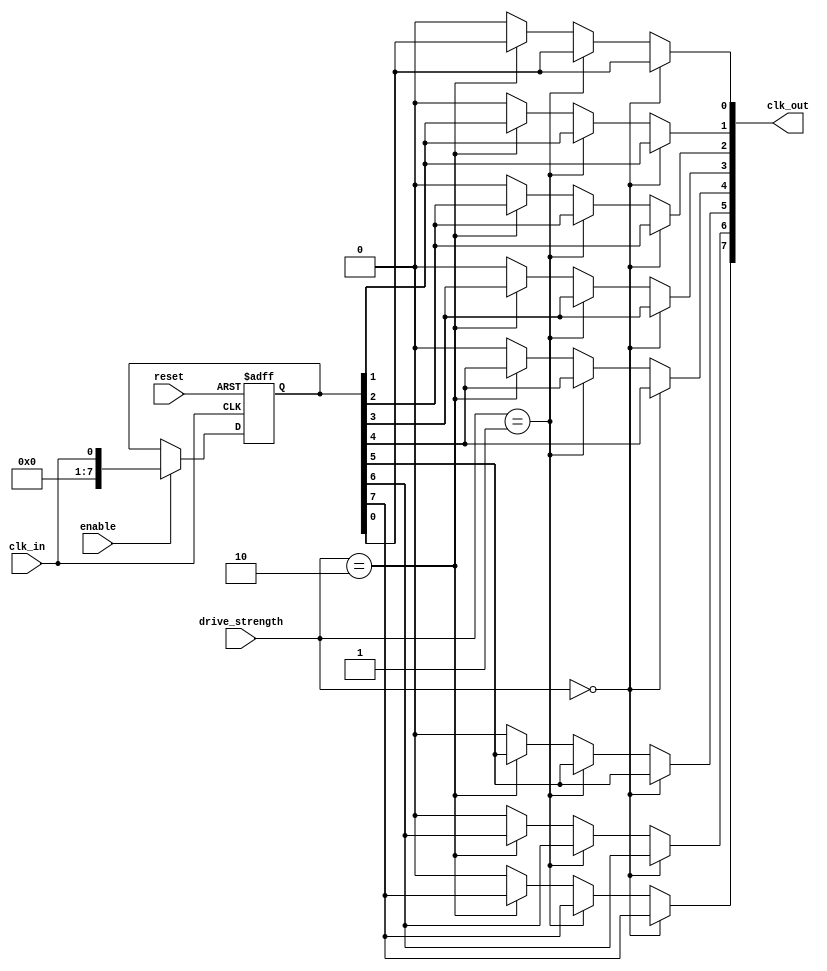
module HighFanoutClockBuffer (
    input wire clk_in,           // Input clock signal
    input wire enable,           // Enable signal for the buffer
    input wire [1:0] drive_strength, // Drive strength control (00: low, 01: medium, 10: high)
    input wire reset,            // Reset signal to isolate outputs
    output wire [N-1:0] clk_out  // Output clock signals (N outputs)
);
    parameter N = 8;             // Number of outputs
    parameter DELAY = 2;         // Propagation delay in simulation (for example)
    
    reg [N-1:0] clk_out_reg;     // Register to hold output clock values

    // Input isolation during reset
    always @(posedge clk_in or posedge reset) begin
        if (reset) begin
            clk_out_reg <= {N{1'b0}}; // Isolate outputs
        end else if (enable) begin
            // Buffering stage with drive strength control
            clk_out_reg <= clk_in; // Simple buffering for demonstration
        end
    end

    // Output drivers with programmable drive strength
    genvar i;
    generate
        for (i = 0; i < N; i = i + 1) begin : output_drivers
            // Adjust output drive strength based on control signal
            assign clk_out[i] = (drive_strength == 2'b00) ? clk_out_reg[i] : // Low drive strength
                                (drive_strength == 2'b01) ? clk_out_reg[i] : // Medium drive strength
                                (drive_strength == 2'b10) ? clk_out_reg[i] : // High drive strength
                                1'b0; // Default case
        end
    endgenerate

    // Skew minimization and propagation delay simulation
    // This is a simple representation; actual implementation may require more complex logic
    always @(posedge clk_in) begin
        #DELAY; // Simulate propagation delay
    end

endmodule